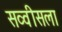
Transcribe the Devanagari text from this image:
सव्वीसला